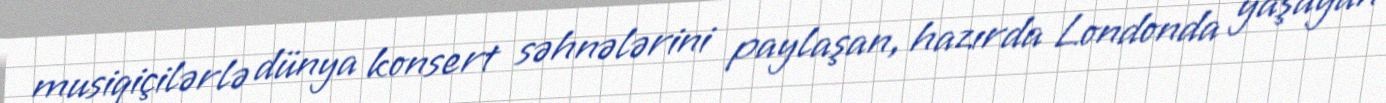
musiqiçilərlə dünya konsert səhnələrini paylaşan, hazırda Londonda yaşayan